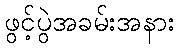
ဖွင့်ပွဲအခမ်းအနား